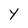
Character: Y